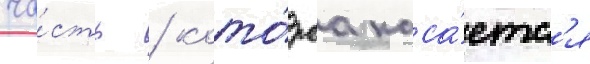
ча́сть / кото́раа каса́етс'я